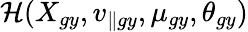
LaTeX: \mathcal{H}(X_{gy},v_{\parallel gy},\mu_{gy},\theta_{gy})